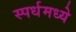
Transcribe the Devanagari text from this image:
स्पर्धमध्ये